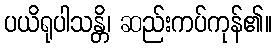
ပယိရုပါသန္တိ၊ ဆည်းကပ်ကုန်၏။